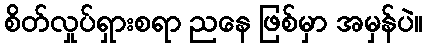
စိတ်လှုပ်ရှားစရာ ညနေ ဖြစ်မှာ အမှန်ပဲ။